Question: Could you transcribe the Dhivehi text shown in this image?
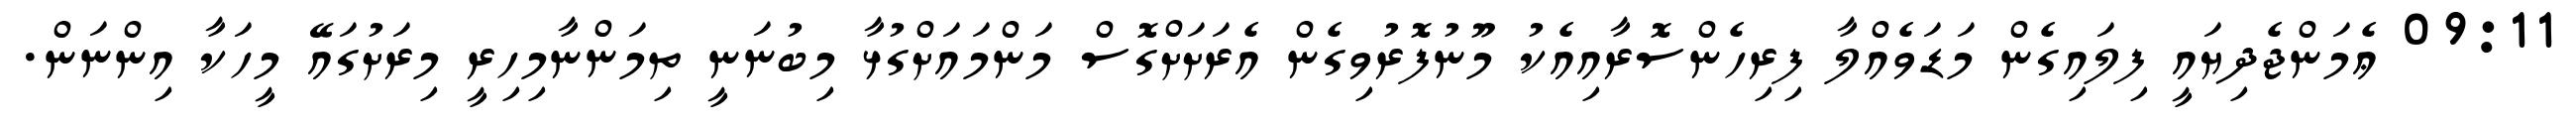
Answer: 09:11 ޢެމަންޖެދިޔައީ ފިލައިގެން މަޑަވެއްލާ ފިރިހެންސޮރާއިއެކު މޫނުފޮރުވިގެން އެރަށަށްގޮސް މަންމައަށްގުޅާ މިބުނަނީ ތިމަންނާމިހިރީ މިރަށުގައޭ މީހަކާ އިންނަން.